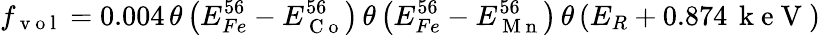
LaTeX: f_{\mathrm{~v~o~l~}}=0.004\, \theta\left(E_{Fe}^{56}-E_{\mathrm{~C~o~}}^{56}\right)\, \theta\left(E_{Fe}^{56}-E_{\mathrm{~M~n~}}^{56}\right)\, \theta\left(E_{R}+0.874\, \mathrm{~k~e~V~}\right)